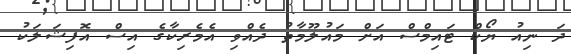
ދަ ނިއު ޔޯކް ޓައިމްސް އަށް މައުލޫމާތު ދެއްވި އެމެރިކާގެ އިސް އޮފިޝަލަކު